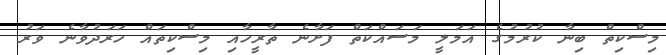
މިސްކިތް ބިނާ ކުރުމުގެ އަމަލީ މަސައްކަތް ފަށާނެ ތާރީހާއި މިސްކިތައް ހަރަދުވާނެ ވަރު